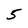
Character: 5